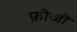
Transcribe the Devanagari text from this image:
फ़ोजी